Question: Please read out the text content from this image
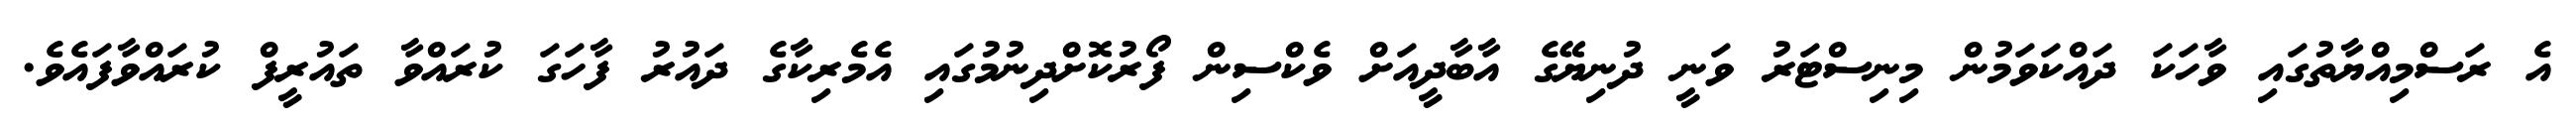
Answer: އެ ރަސްމިއްޔާތުގައި ވާހަކަ ދައްކަވަމުން މިނިސްޓަރު ވަނީ ދުނިޔޭގެ އާބާދީއަށް ވެކްސިން ފޯރުކޮށްދިނުމުގައި އެމެރިކާގެ ދައުރު ފާހަގަ ކުރައްވާ ތައުރީފް ކުރައްވާފައެވެ.